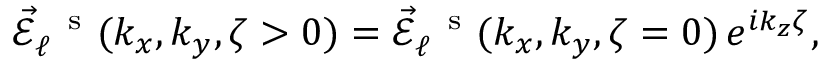
\begin{array} { r } { \vec { \mathcal { E } } _ { \ell } ^ { \mathrm { ~ \, ~ s ~ } } ( k _ { x } , k _ { y } , \zeta > 0 ) = \vec { \mathcal { E } } _ { \ell } ^ { \mathrm { ~ \, ~ s ~ } } ( k _ { x } , k _ { y } , \zeta = 0 ) \, e ^ { i k _ { z } \zeta } , } \end{array}